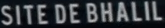
SITE DE BHALIL